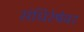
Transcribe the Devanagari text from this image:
संधिरेषेवर